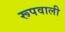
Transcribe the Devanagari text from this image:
रूपवाली